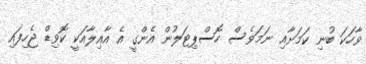
ވާހަކަ ބުނި ކަމަށާއި ނަމަވެސް ހޮސްޕިޓަލުން އެންގީ އެ އާއިލާއަކީ ކޮވިޑް ޖެހިފައި